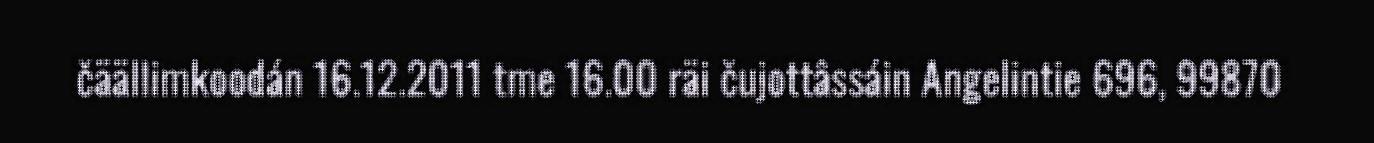
čäällimkoodán 16.12.2011 tme 16.00 räi čujottâssáin Angelintie 696, 99870